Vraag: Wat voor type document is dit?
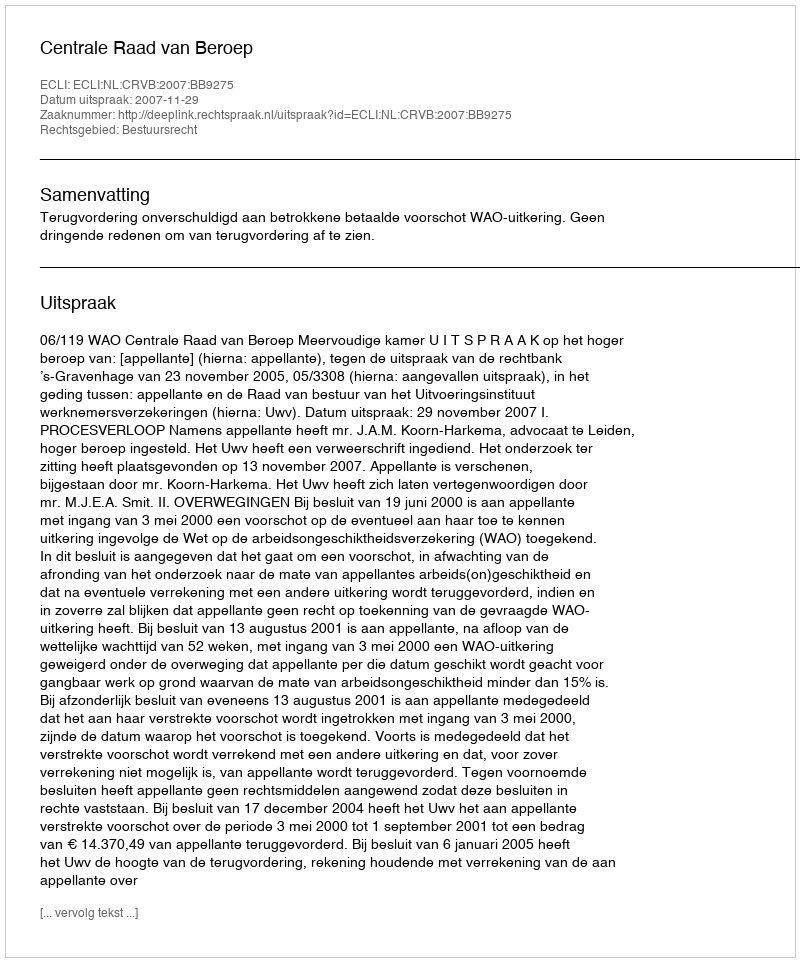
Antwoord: Uitspraak